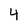
Character: 4